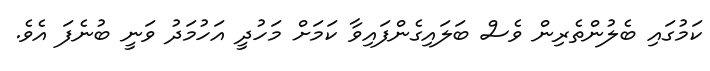
ކަމުގައި ބެލުންތެރިން ވެސް ބަލައިގެންފައިވާ ކަމަށް މަހުދީ އަހުމަދު ވަނީ ބުނެފަ އެވެ.